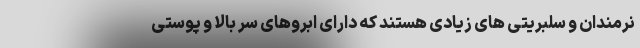
نرمندان و سلبریتی های زیادی هستند که دارای ابروهای سر بالا و پوستی